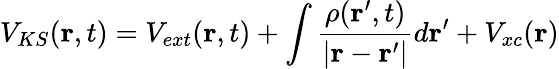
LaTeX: V_{KS}({\mathbf r},t)=V_{ext}({\mathbf r},t)+\int\frac{\rho({\mathbf r}^{\prime},t)}{|{\mathbf r}-{\mathbf r}^{\prime}|}d{\mathbf r}^{\prime}+V_{xc}({\mathbf r})